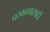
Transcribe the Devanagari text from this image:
घरकामासाठी